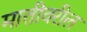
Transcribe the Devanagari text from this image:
मातीवरील